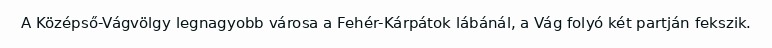
A Középső-Vágvölgy legnagyobb városa a Fehér-Kárpátok lábánál, a Vág folyó két partján fekszik.